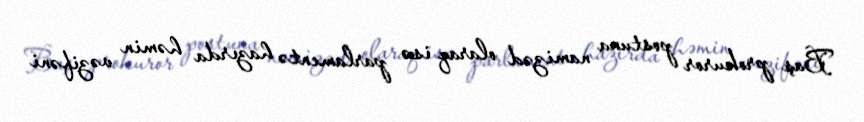
Baş prokuror postuna namizəd olaraq isə parlamentə hazırda həmin vəzifəni